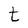
Character: t